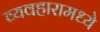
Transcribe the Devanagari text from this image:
व्यवहारामध्ये